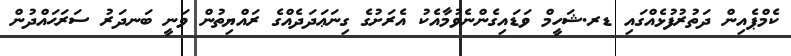
ކެމްޕެއިން ދަތުރުފުޅެއްގައި ޑރ.ޝަހީމް ވަޑައިގެންނެވުމާއެކު އެރަށުގެ ގިނަޢަދަދެއްގެ ރައްޔިތުން ވަނީ ބަނދަރު ސަރަޙައްދުން